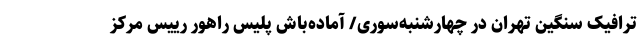
ترافیک سنگین تهران در چهارشنبه‌سوری/ آماده‌باش پلیس راهور رییس مرکز